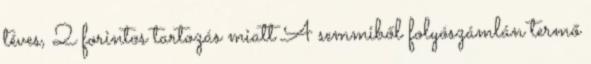
téves, 2 forintos tartozás miatt A semmiből folyószámlán termő